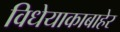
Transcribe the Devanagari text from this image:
विधेयाकाबाहेर